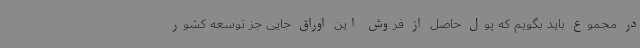
در مجموع باید بگویم که پول حاصل از فروش این اوراق جایی جز توسعه کشور